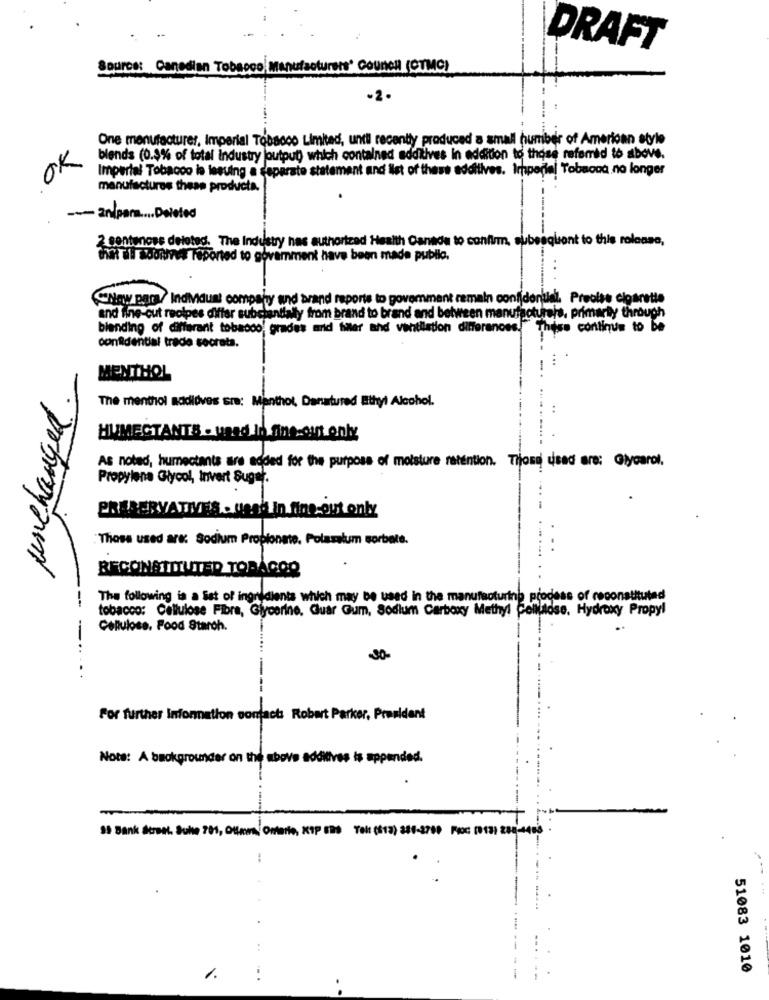
DRAFT
Source: Canadian Tobacco Manufacturers' CouncH (CTMC)
-2.
One manufacturer, Imperial Tobacco Limited, until recently produced a small humber of American style
OK
blends (0.8% of total industry output) which contained additives in addition to those refemid to above.
Imperial Tobacco is leaving a separate statement and list of these additives. Imperial Tobacco no longer
manufactures these products.
--- En/pers ... Deleted
2 sentences deleted. The Industry has authorized Health Canada to confirm, subesqlsont to this release,
That all adorures Taported to govamment have been made public.
New para/ Indidust company and brand reports to govemment remain confidentiel. Precise cigarette
and the-cut reolpes differ substantially from brand to brand and between manufacturers, primarily through
blending of different tobacco' grades and hier and ventilation differ
These continue to be
confidential trade secrets.
MENTHOL
unchanged.
The menthol addidves sra: Manthot, Danatured Ethyl Alcohol.
HUMECTANTS . unad Id fine:out only
As noted, humectants are added for the purpose of moisture retention. Tijosd dead are: Glycarol.
Propylene Glycol, Invert Suger.
PRESERVATIVES . Gen. in time-out only
Those used are: Sodium Propionate. Polasalum sorbete.
BECONSTITUTED TORACOO
The following is a Set of ingredients which may be used in the manufacturing process of reconstitute
tobacco: Cellulose Fibra, Glycerine, Guar Gum, Sodium Carboxy Methyl Cellulose. Hydroxy Propyl
Cellulose. Food Staroh.
-30-
For further Information contact: Robert Parker, President
Note: A backgrounder on the above additives is appended.
35 Bank &crest. Suke 700, Ofleon Ontario, KOP 199 Tel: (813) 388-3700 Pc (1913) 200-400
:
. ..
51083 1010